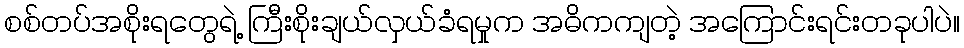
စစ်တပ်အစိုးရတွေရဲ့ ကြီးစိုးချယ်လှယ်ခံရမှုက အဓိကကျတဲ့ အကြောင်းရင်းတခုပါပဲ။